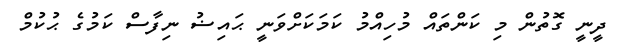
ދީނީ ގޮތުން މި ކަންތައް މުހިއްމު ކަމަކަށްވަނީ ޙައިޟު ނިފާސް ކަމުގެ ޙުކުމް